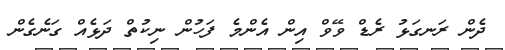
ދެން ރަނގަޅު ރެޑް ވޭވް އިން އެންމެ ފަހުން ނިކުތް ދަޅެއް ގަނެގެން